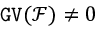
\mathtt { G V } ( { \mathcal F } ) \neq 0